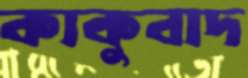
কাকুবাদ